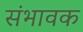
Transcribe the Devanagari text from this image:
संभावक